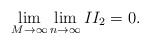
\begin{align*}\lim_{M\rightarrow\infty}\lim_{n\rightarrow\infty} II_2 = 0 .\end{align*}